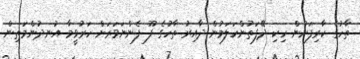
ތާހުގެ ކާރިފަށުން ހިކި ދޭފަތުންހަލަމުން ދާއިރު ތާހުގެ ފޫ ފެންނަވަރަށް ހަރުވީމާ އުނދުންމަތިން